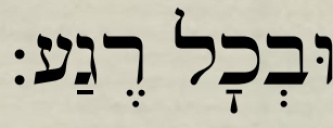
וּבְכׇל רֶגַע: